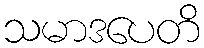
သမာဒပေတိ